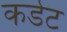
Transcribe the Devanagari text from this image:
कडेट